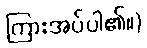
ကြားအပ်ပါ၏။)